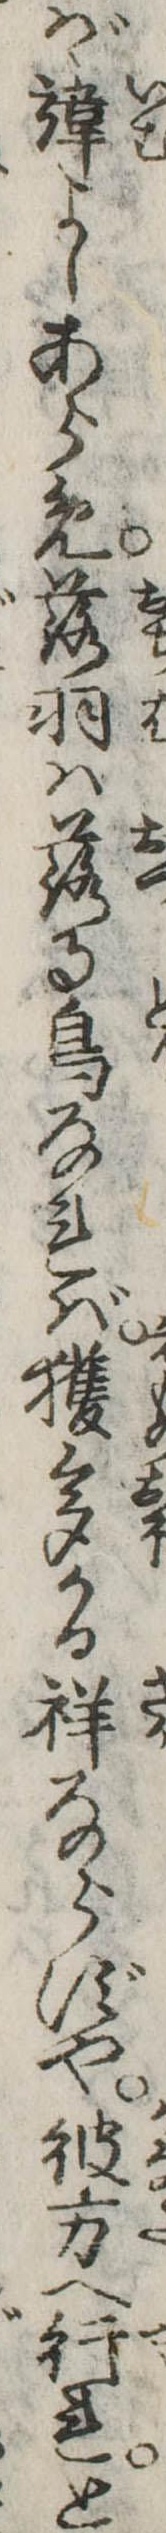
ばゝ諱よしあらめ落羽は落る鳥なれば獲多かる祥ならずや彼方へ行れと